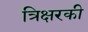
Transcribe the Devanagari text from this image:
त्रिक्षरकी